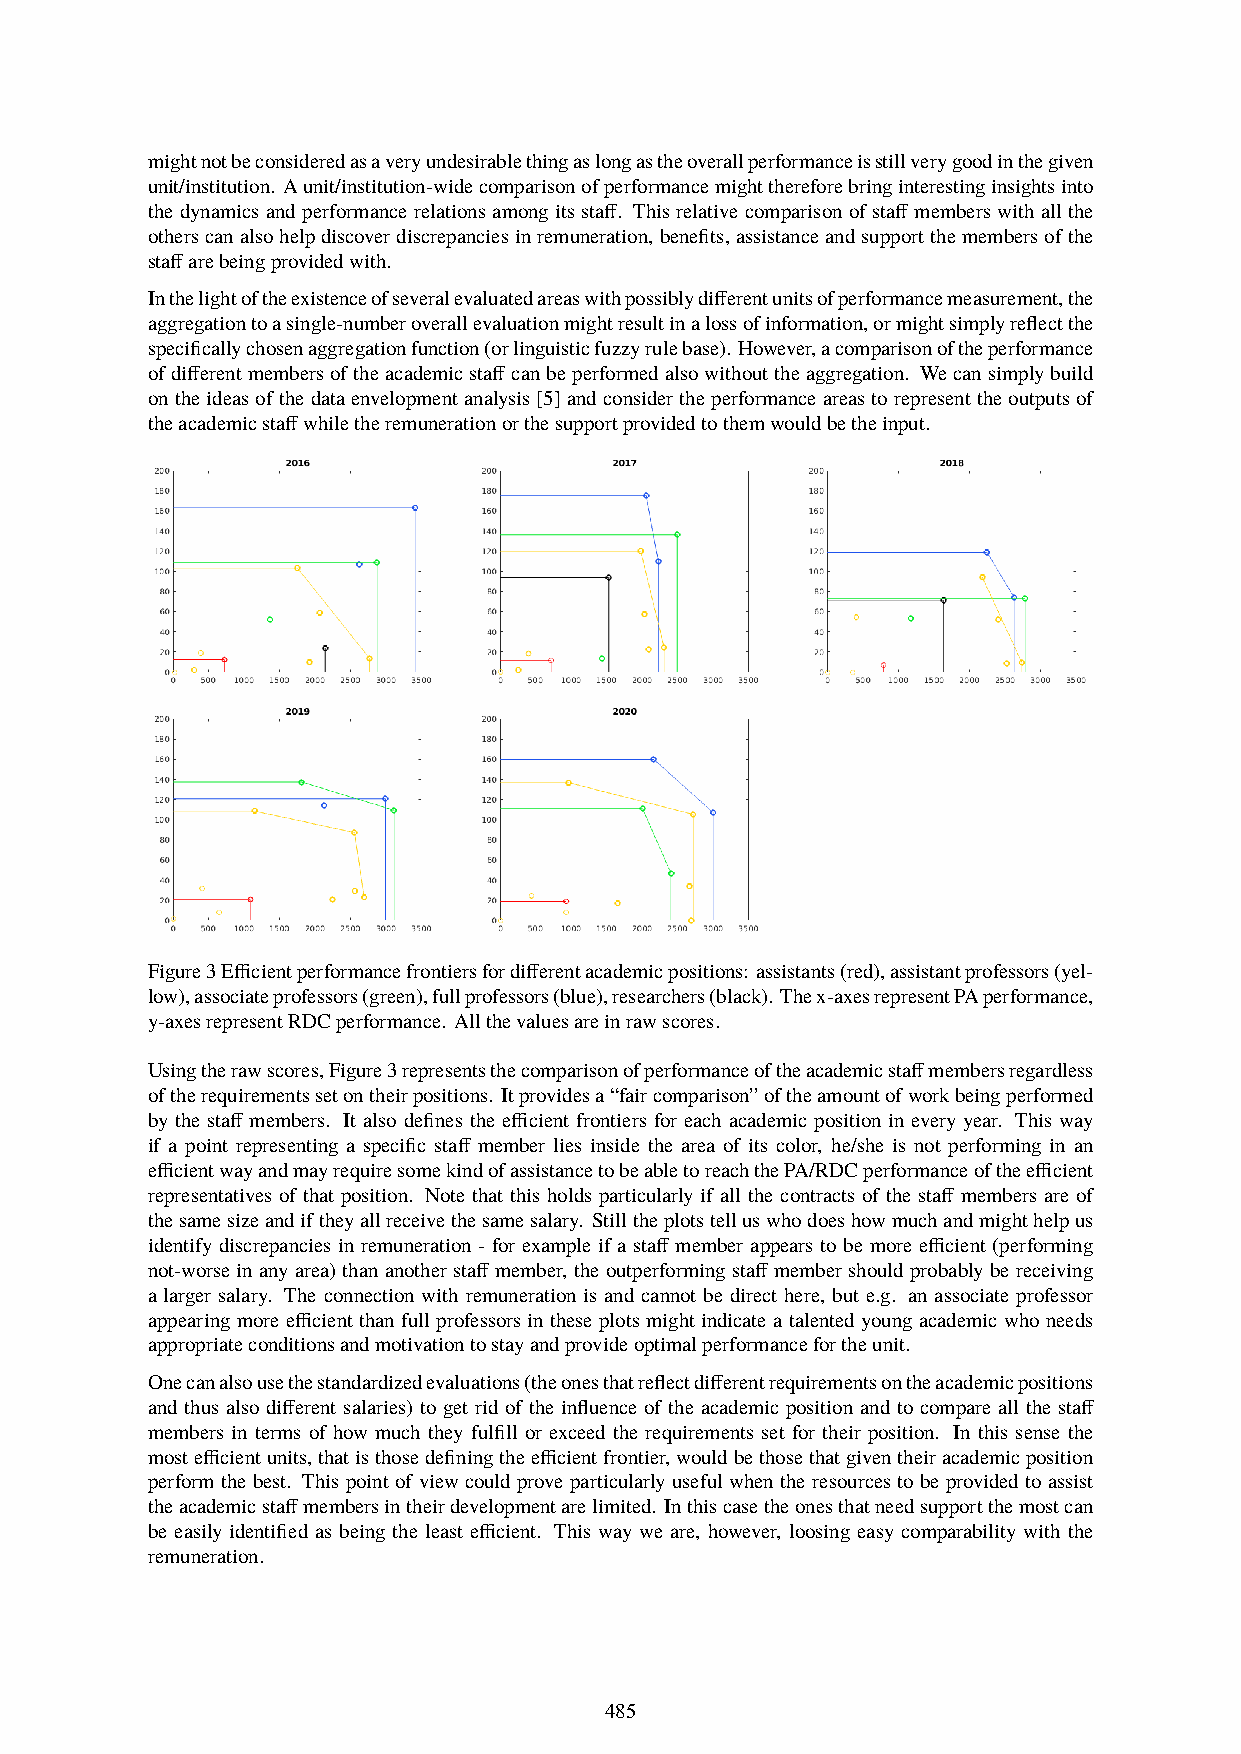
mightnotbeconsideredasaveryundesirablethingaslongastheoverallperformanceisstillverygoodinthegiven
 unit/institution. Aunit/institution-widecomparisonofperformancemightthereforebringinterestinginsightsinto
 the dynamics and performance relations among its staff. This relative comparison of staff members with all the
 otherscanalsohelpdiscoverdiscrepanciesinremuneration,benefits,assistanceandsupportthemembersofthe
 staffarebeingprovidedwith.
 Inthelightoftheexistenceofseveralevaluatedareaswithpossiblydifferentunitsofperformancemeasurement,the
 aggregationtoasingle-numberoverallevaluationmightresultinalossofinformation,ormightsimplyreflectthe
 specificallychosenaggregationfunction(orlinguisticfuzzyrulebase). However,acomparisonoftheperformance
 ofdifferentmembersoftheacademicstaffcanbeperformedalsowithouttheaggregation. Wecansimplybuild
 ontheideasofthedataenvelopmentanalysis[5]andconsidertheperformanceareastorepresenttheoutputsof
 theacademicstaffwhiletheremunerationorthesupportprovidedtothemwouldbetheinput.
 Figure3Efficientperformancefrontiersfordifferentacademicpositions: assistants(red),assistantprofessors(yel-
 low),associateprofessors(green),fullprofessors(blue),researchers(black). Thex-axesrepresentPAperformance,
 y-axesrepresentRDCperformance. Allthevaluesareinrawscores.
 Usingtherawscores,Figure3representsthecomparisonofperformanceoftheacademicstaffmembersregardless
 oftherequirementssetontheirpositions. Itprovidesa“faircomparison”oftheamountofworkbeingperformed
 by the staff members. It also defines the efficient frontiers for each academic position in every year. This way
 if a point representing a specific staff member lies inside the area of its color, he/she is not performing in an
 efficientwayandmayrequiresomekindofassistancetobeabletoreachthePA/RDCperformanceoftheefficient
 representatives of that position. Note that this holds particularly if all the contracts of the staff members are of
 thesamesizeandiftheyallreceivethesamesalary. Stilltheplotstelluswhodoeshowmuchandmighthelpus
 identify discrepancies in remuneration - for example if a staff member appears to be more efficient (performing
 not-worseinanyarea)thananotherstaffmember, theoutperformingstaffmembershouldprobablybereceiving
 a larger salary. The connection with remuneration is and cannot be direct here, but e.g. an associate professor
 appearing more efficientthan full professors in theseplots might indicate a talentedyoung academic who needs
 appropriateconditionsandmotivationtostayandprovideoptimalperformancefortheunit.
 Onecanalsousethestandardizedevaluations(theonesthatreflectdifferentrequirementsontheacademicpositions
 and thus also different salaries) to get rid of the influence of the academic position and to compare all the staff
 members in terms of how much they fulfill or exceed the requirements set for their position. In this sense the
 mostefficientunits,thatisthosedefiningtheefficientfrontier,wouldbethosethatgiventheiracademicposition
 perform the best. This point of view could prove particularly useful when the resources to be provided to assist
 theacademicstaffmembersintheirdevelopmentarelimited. Inthiscasetheonesthatneedsupportthemostcan
 be easily identified as being the least efficient. This way we are, however, loosing easy comparability with the
 remuneration.
 485